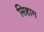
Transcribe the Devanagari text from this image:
सिहाग